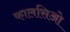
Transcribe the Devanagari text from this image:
कालसिओ